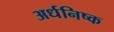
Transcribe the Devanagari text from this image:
अर्धनिष्क